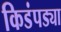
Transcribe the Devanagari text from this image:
किडंपड्या